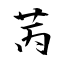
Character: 苪